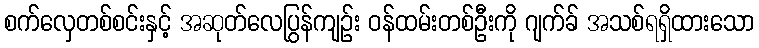
စက်လှေတစ်စင်းနှင့် အဆုတ်လေပြွန်ကျဉ်း ဝန်ထမ်းတစ်ဦးကို ဂျက်ခ် အသစ်ရရှိထားသော